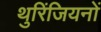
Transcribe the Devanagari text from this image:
थुरिंजियनों